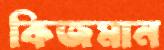
কিজমান